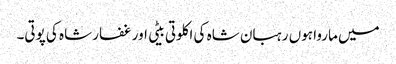
میں ماروا ہوں رہبان شاہ کی اکلوتی بیٹی اور غفار شاہ کی پوتی۔